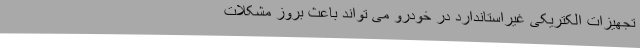
تجهیزات الکتریکی غیراستاندارد در خودرو می تواند باعث بروز مشکلات